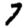
Digit: 7